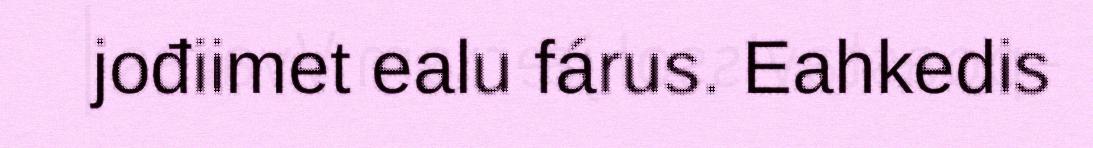
jođiimet ealu fárus. Eahkedis